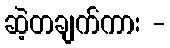
ဆဲ့တချက်ကား -